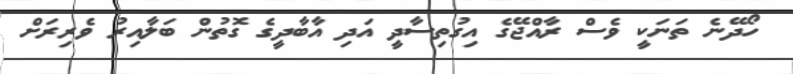
ހޯދޭނެ ތަނަކީ ވެސް ރާއްޖޭގެ އިގުތިސާދީ އަދި އާބާދީގެ ގޮތުން ބަލާއިރު ވެރިރަށް